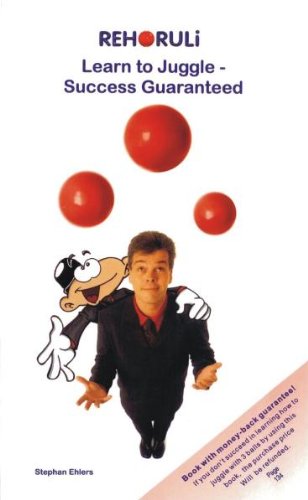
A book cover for Learn to Juggle- Success Guaranteed; Stephan Ehlers; Sports & Outdoors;